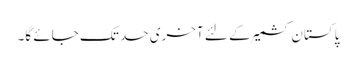
پاکستان کشمیر کے لئے آخری حد تک جائے گا۔